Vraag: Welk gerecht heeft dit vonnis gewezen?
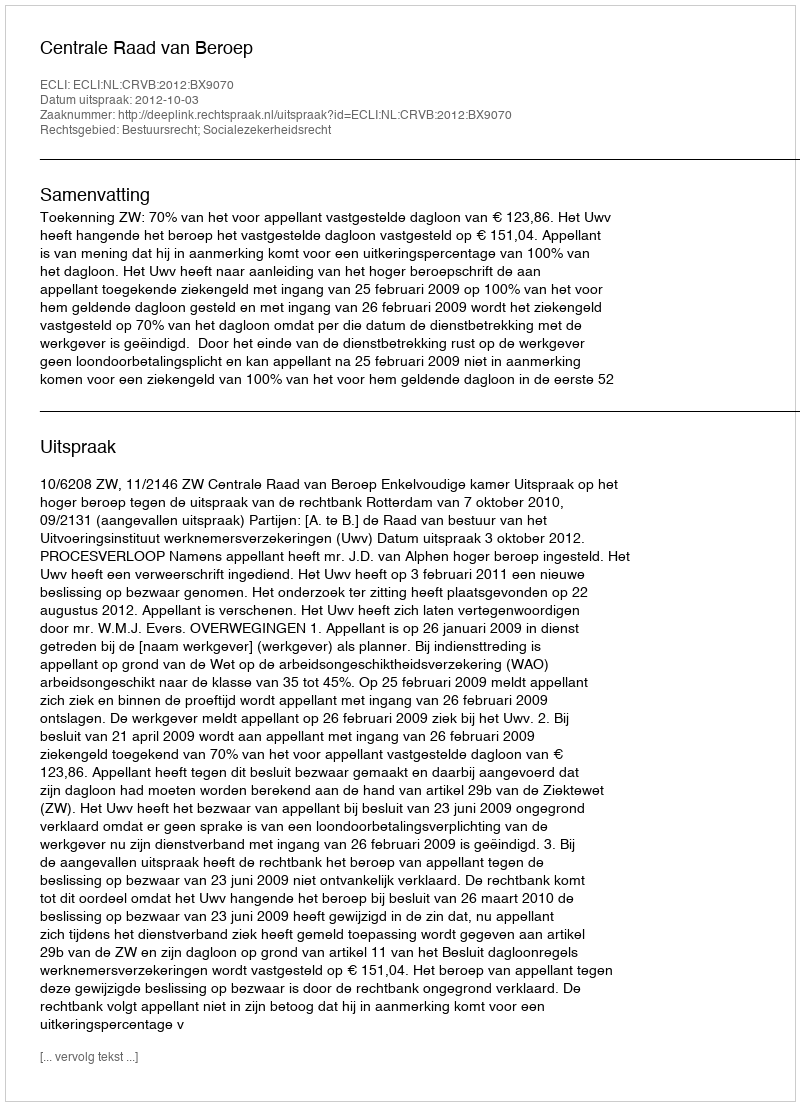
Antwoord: Centrale Raad van Beroep